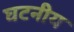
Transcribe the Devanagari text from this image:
घटनीय